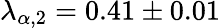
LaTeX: \lambda_{\alpha,2}=0.41\pm 0.01